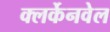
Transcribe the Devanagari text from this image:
क्लर्केनवेल